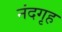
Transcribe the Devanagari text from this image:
नंदगृह